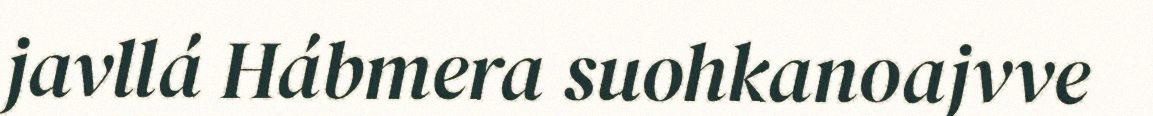
javllá Hábmera suohkanoajvve